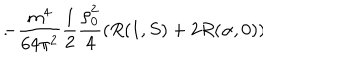
LaTeX: - \frac { m ^ { 4 } } { 6 4 \pi ^ { 2 } } \frac 1 2 \frac { \rho _ { 0 } ^ { 2 } } 4 ( R ( 1 , S ) + 2 R ( \alpha , 0 ) ) \hspace { 1 c m } .